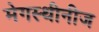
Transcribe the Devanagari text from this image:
मेगस्थीनीज